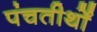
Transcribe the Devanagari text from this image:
पंचतीर्थों